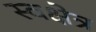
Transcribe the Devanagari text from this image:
स्वक्षेत्र